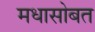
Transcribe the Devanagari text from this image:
मधासोबत